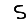
Digit: 5